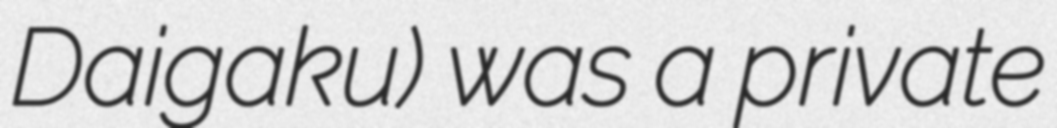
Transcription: Daigaku) was a private